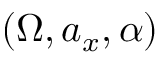
\left( \Omega , a _ { x } , \alpha \right)